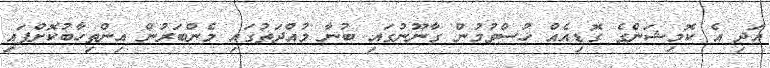
އަދި އެ ކޮމިޝަންގެ ގޮޑިއެއް ހުސްވުމުން ގާނޫނުގައި ބުނާ މުއްދަތުގައި މެންބަރުން އިންތިހާބުކޮށްފައި